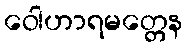
ဝေါဟာရမတ္တေန